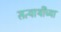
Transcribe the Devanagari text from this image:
सत्यार्थींच्या